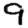
Digit: 9